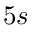
5 s